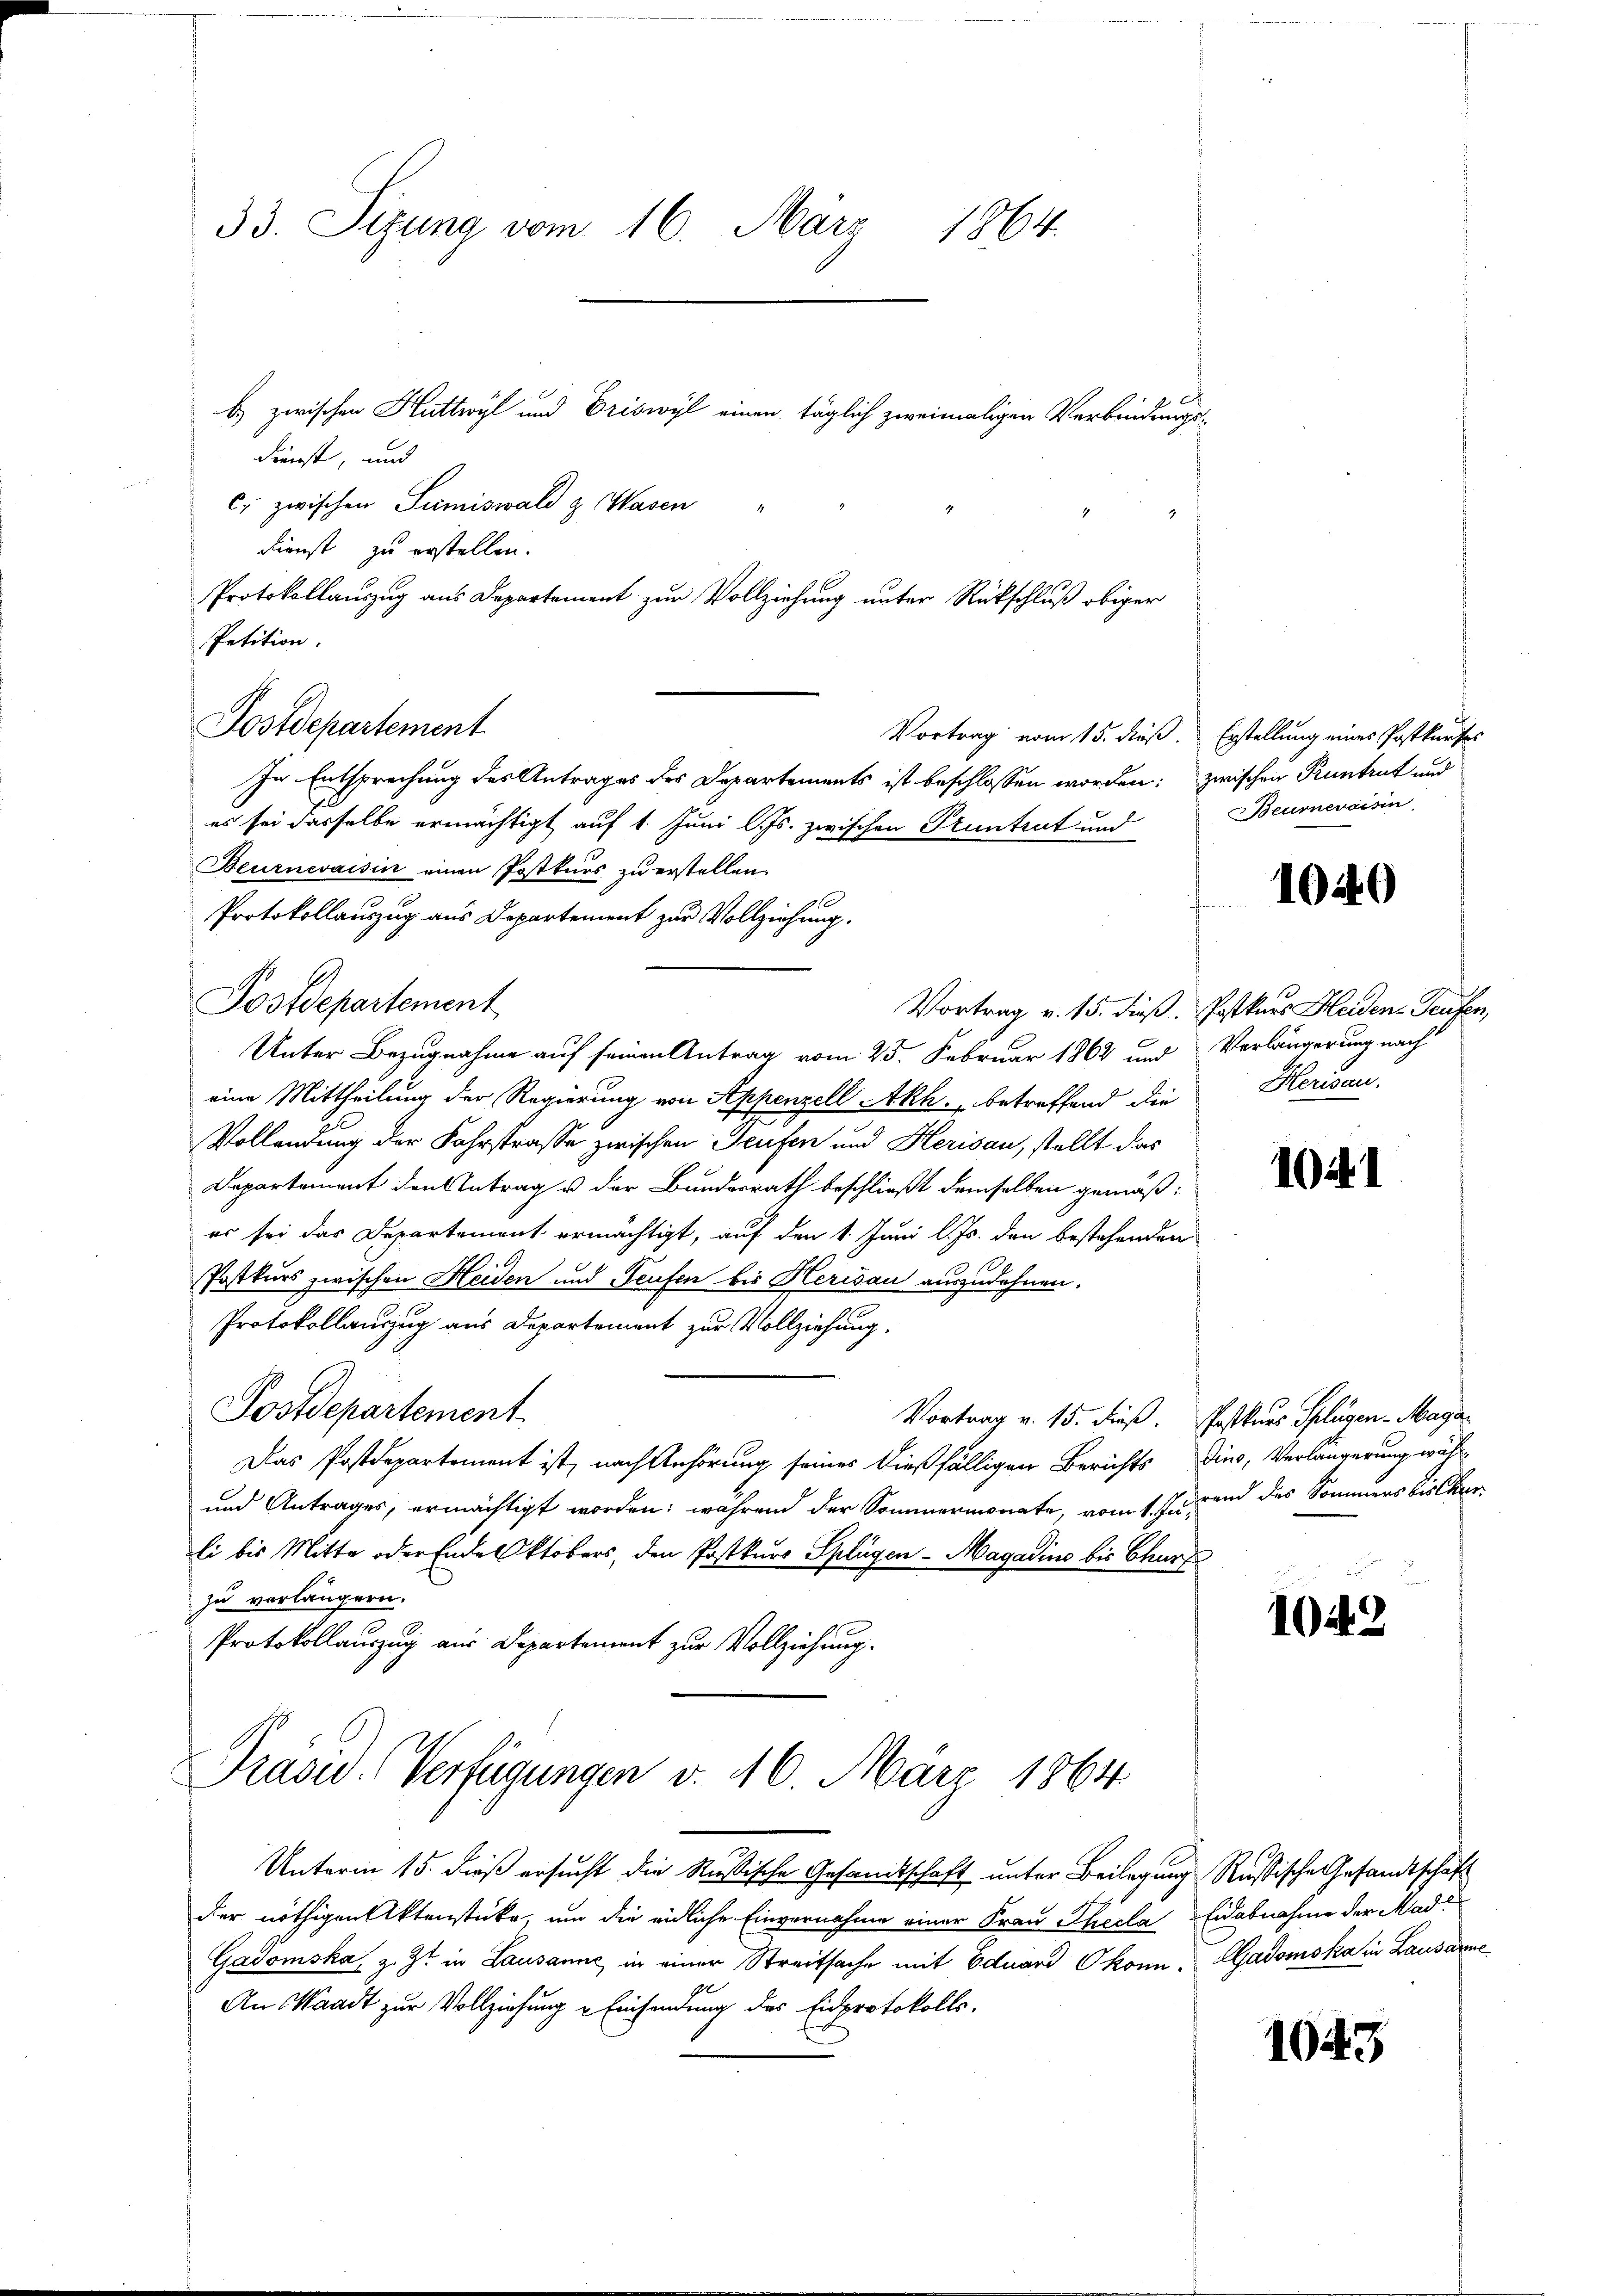
33. Sitzung vom 16. März 1864.

b) zwischen Huttwyl und Criswyl einen täglich zweimaligen Verbindungs¬
Dienst, und
c) zwischen Sumiswald z. Wasen
Dienst zu erstellen.
Protokollauszug aus Departement zur Vollziehung unter Rückschluß obiger
Petition.
Postdepartement
In Entsprechung des Antrages des Departements ist beschlossen worden; zwischen Runtrut und
es sei dasselbe ermächtigt auf 1. Juni l. Js. zwischen Stuntent und
Beurnevaisin einen Postkurs zu erstellen.
 f
Protokollauszug aus Departement zur Vollziehung.
Postdepartement
Vortrag v. 15. dieß. Postkurs Haiden Teufen,
Unter Bezugnahme auf seinen Antrag vom 25. Februar 1862 und Verlängerung nach
eine Mittheilung der Regierung von Appenzell Akh. betreffend die Herisau,
Vollendung der Fahrstrasse zwischen Teufen und Herisau, stellt das
Departement den Antrag u der Bundesrath beschließt demselben gemäßer sei das Departement ermächtigt, auf den 1. Juni l. Js. den bestehenden
l
Postkurs zwischen Heiden und Teufen bis Herisau auszudehnen.
Protokollauszug aus Departement zur Vollziehung.
Postdepartement.
Vortrag v. 15. dieß. Postkurs Splügen Maga
Das Postdepartement ist, nach Anhörung seines dießfälligen Berichts dies, Verlängerung wähl¬
und Antrages, ermächtigt worden; während der Sommermonate, vom 1. und des Sommers bisher
li bis Mitte oder Ende Oktobers, den Postkurs Splügen - Magadine bis Churf
zu verlängern.
Protokollauszug aus Departement zur Vollziehung.

Prasw. Verfügungen v. 16. März 1864.

Vortrag vom 15. dieß. Erstellung eines Postkurses
Beumnevoisin

Unterm 15. dieß ersucht die Rußische Gesandtschaft unter Beilegung Russische Gesandtschaft
der nöthigen Aktenstücke um die eidliche Einvernahme einer Frau Theela Eidabnahme der Mad.
Gadomska, z. Z. in Lausanne in einer Streitsache mit Eduard Okonn- Aadomska in Lausanne
An Waadt zur Vollziehung u Einsendung des Eidprotokolls-

1040

1041

1042

1043